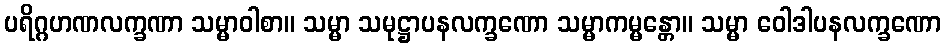
ပရိဂ္ဂဟဏလက္ခဏာ သမ္မာဝါစာ။ သမ္မာ သမုဋ္ဌာပနလက္ခဏော သမ္မာကမ္မန္တော။ သမ္မာ ဝေါဒါပနလက္ခဏော